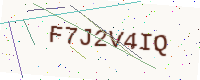
Text: F7J2V4IQ